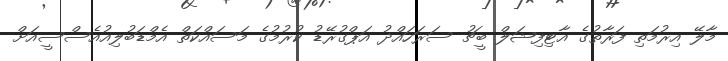
މާލޭ އިރުމަތި ފަރާތުގެ އާޓިފިޝަލް ބީޗު ސަރަހައްދު އަޕްގުރޭޑު ކުރުމުގެ މަސައްކަތް އެމްޑަބުލިއުއެސްސީއަށް